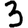
Digit: 3